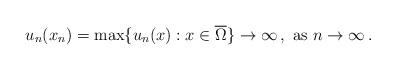
LaTeX: \begin{align*} u_n(x_n) = \max\{u_n(x): x \in \overline{\Omega}\} \rightarrow \infty\,, \textup{ as } n \rightarrow \infty\,.\end{align*}